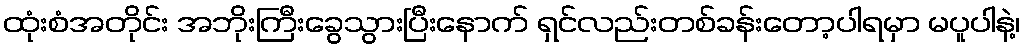
ထုံးစံအတိုင်း အဘိုးကြီးခွေသွားပြီးနောက် ရှင်လည်းတစ်ခန်းတော့ပါရမှာ မပူပါနဲ့၊